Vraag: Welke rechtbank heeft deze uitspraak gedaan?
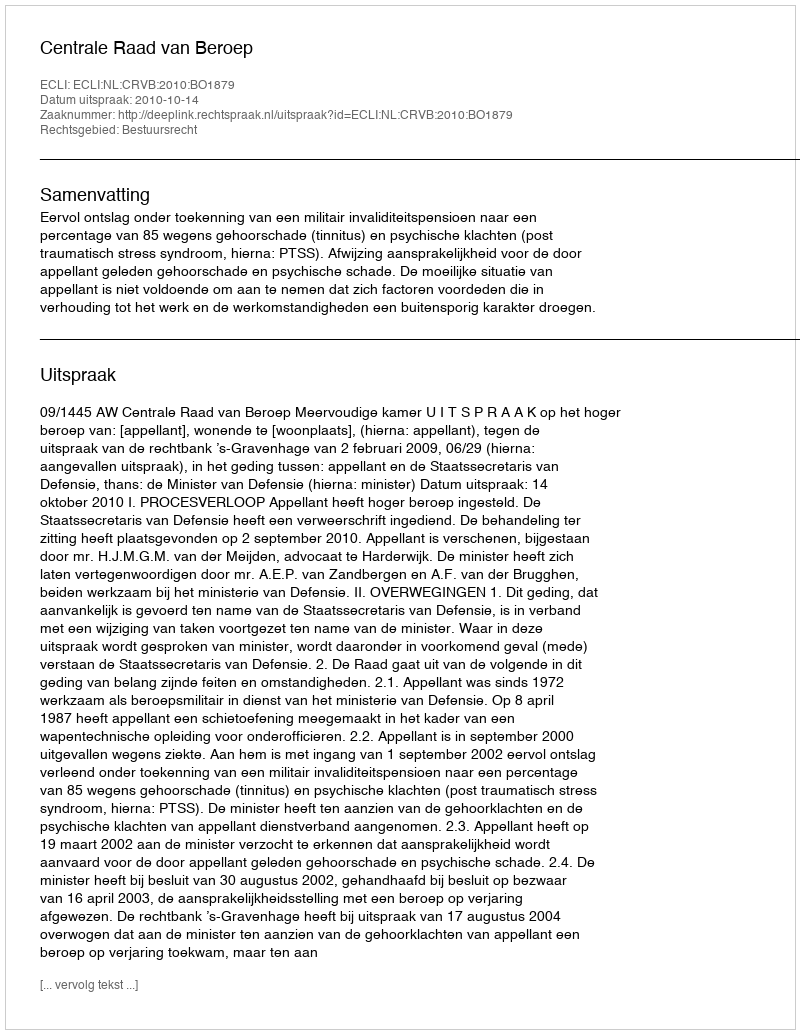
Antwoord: Centrale Raad van Beroep